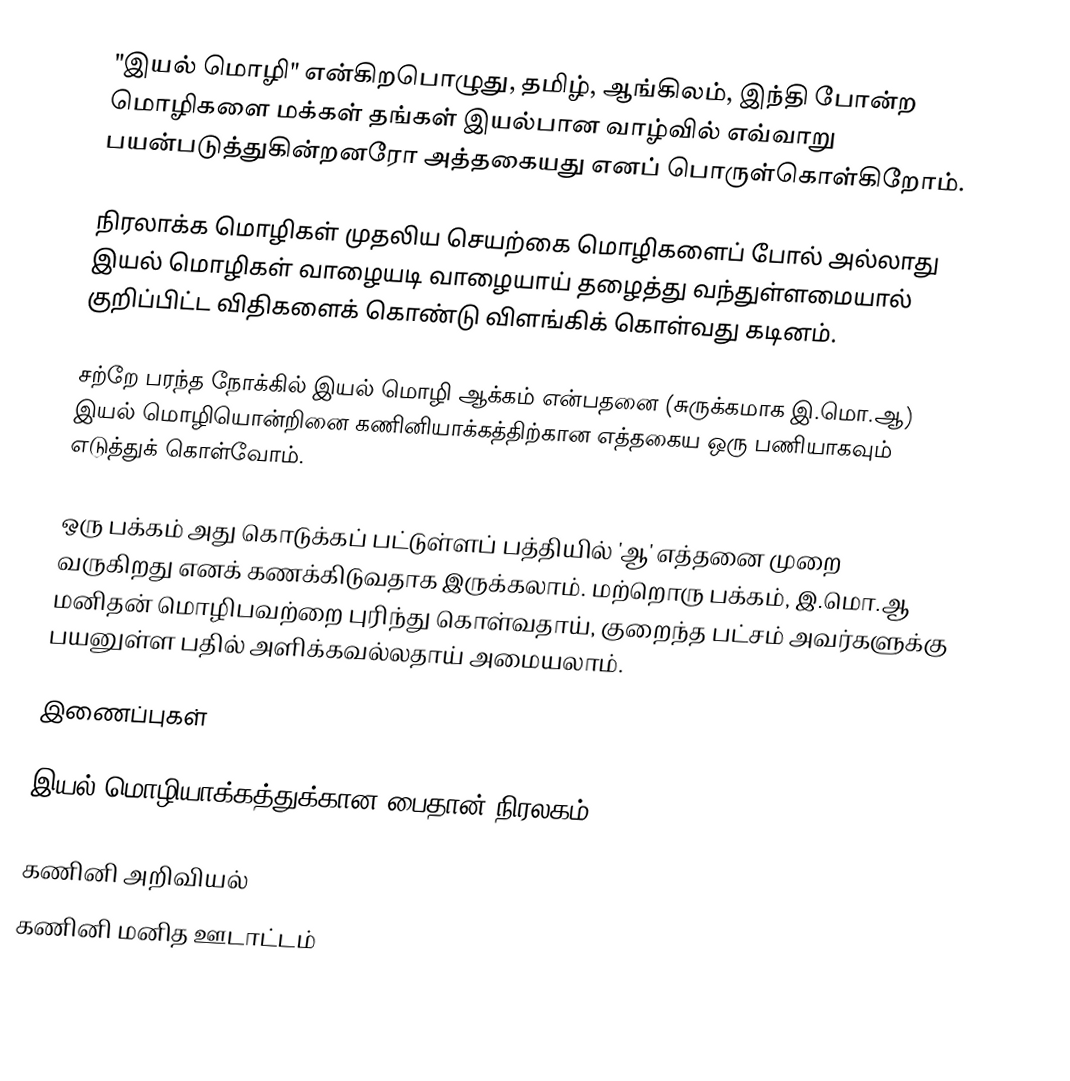
"இயல் மொழி" என்கிறபொழுது, தமிழ், ஆங்கிலம், இந்தி போன்ற மொழிகளை மக்கள் தங்கள் இயல்பான வாழ்வில் எவ்வாறு பயன்படுத்துகின்றனரோ அத்தகையது எனப் பொருள்கொள்கிறோம்.

நிரலாக்க மொழிகள் முதலிய செயற்கை மொழிகளைப் போல் அல்லாது இயல் மொழிகள் வாழையடி வாழையாய் தழைத்து வந்துள்ளமையால் குறிப்பிட்ட விதிகளைக் கொண்டு விளங்கிக் கொள்வது கடினம்.

சற்றே பரந்த நோக்கில் இயல் மொழி ஆக்கம் என்பதனை (சுருக்கமாக இ.மொ.ஆ) இயல் மொழியொன்றினை கணினியாக்கத்திற்கான எத்தகைய ஒரு பணியாகவும் எடுத்துக் கொள்வோம்.

ஒரு பக்கம் அது கொடுக்கப் பட்டுள்ளப் பத்தியில் 'ஆ' எத்தனை முறை வருகிறது எனக் கணக்கிடுவதாக இருக்கலாம். மற்றொரு பக்கம், இ.மொ.ஆ மனிதன் மொழிபவற்றை புரிந்து கொள்வதாய், குறைந்த பட்சம் அவர்களுக்கு பயனுள்ள பதில் அளிக்கவல்லதாய் அமையலாம்.

இணைப்புகள்

இயல் மொழியாக்கத்துக்கான பைதான் நிரலகம்

கணினி அறிவியல்
கணினி மனித ஊடாட்டம்